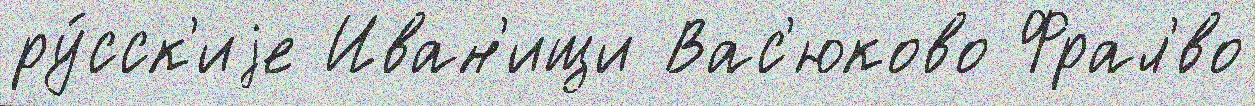
ру́сск'иjе Иван'ищи Вас'юково Фрал'́во